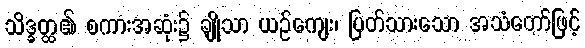
သိဒ္ဓတ္ထ၏ စကားအဆုံး၌ ချိုသာ ယဉ်ကျေး၊ ပြတ်သားသော အသံတော်ဖြင့်